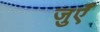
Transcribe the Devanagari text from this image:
जुएँ